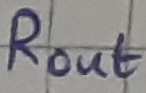
Text: ROUT